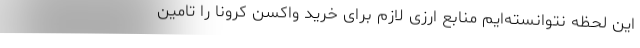
این لحظه نتوانسته‌ایم منابع ارزی لازم برای خرید واکسن کرونا را تامین